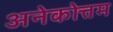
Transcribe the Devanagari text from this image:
अनेकोत्तम